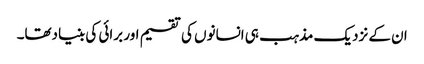
ان کے نزدیک مذہب ہی انسانوں کی تقسیم اور برائی کی بنیادتھا۔